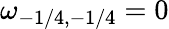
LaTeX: \omega_{-1/4,-1/4}=0